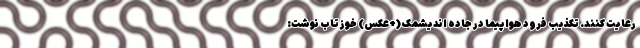
رعایت کنند. تکذیب فرود هواپیما در جاده اندیشمک (+عکس) خوزتاب نوشت: